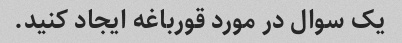
یک سوال در مورد قورباغه ایجاد کنید.